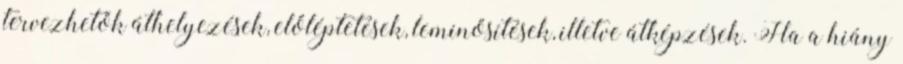
tervezhetők áthelyezések, előléptetések, leminősítések, illetve átképzések. Ha a hiány